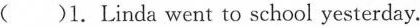
( )1.Linda went to school yesterday.